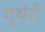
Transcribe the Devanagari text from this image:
गुथेरी